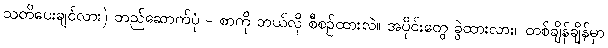
သတိပေးချင်လား) တည်ဆောက်ပုံ - စာကို ဘယ်လို စီစဉ်ထားလဲ။ အပိုင်းတွေ ခွဲထားလား။ တစ်ချိန်ချိန်မှာ